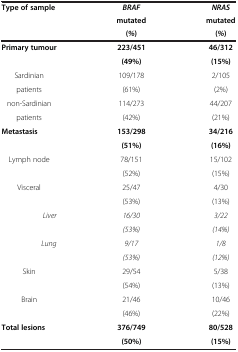
<table><thead><tr><td rowspan="2"><b>Type of sample</b></td><td><b><i>BRAF</i></b></td><td><b><i>NRAS</i></b></td></tr><tr><td><b>mutated</b></td><td><b>mutated</b></td></tr><tr><td><b> </b></td><td><b>(<i>%</i>)</b></td><td><b>(<i>%</i>)</b></td></tr></thead><tbody><tr><td rowspan="2"><b>Primary tumour</b></td><td><b>223/451</b></td><td><b>46/312</b></td></tr><tr><td><b>(49%)</b></td><td><b>(15%)</b></td></tr><tr><td>Sardinian</td><td>109/178</td><td>2/105</td></tr><tr><td>patients</td><td>(61%)</td><td>(2%)</td></tr><tr><td> non-Sardinian</td><td>114/273</td><td>44/207</td></tr><tr><td>patients</td><td>(42%)</td><td>(21%)</td></tr><tr><td rowspan="2"><b>Metastasis</b></td><td><b>153/298</b></td><td><b>34/216</b></td></tr><tr><td><b>(51%)</b></td><td><b>(16%)</b></td></tr><tr><td rowspan="2"> Lymph node</td><td>78/151</td><td>15/102</td></tr><tr><td>(52%)</td><td>(15%)</td></tr><tr><td rowspan="2">Visceral</td><td>25/47</td><td>4/30</td></tr><tr><td>(53%)</td><td>(13%)</td></tr><tr><td rowspan="2"><i>Liver</i></td><td><i>16/30</i></td><td><i>3/22</i></td></tr><tr><td><i>(53%)</i></td><td><i>(14%)</i></td></tr><tr><td rowspan="2"><i>Lung</i></td><td><i>9/17</i></td><td><i>1/8</i></td></tr><tr><td><i>(53%)</i></td><td><i>(12%)</i></td></tr><tr><td rowspan="2">Skin</td><td>29/54</td><td>5/38</td></tr><tr><td>(54%)</td><td>(13%)</td></tr><tr><td rowspan="2">Brain</td><td>21/46</td><td>10/46</td></tr><tr><td>(46%)</td><td>(22%)</td></tr><tr><td rowspan="2"><b>Total lesions</b></td><td><b>376/749</b></td><td><b>80/528</b></td></tr><tr><td><b>(50%)</b></td><td><b>(15%)</b></td></tr></tbody></table>